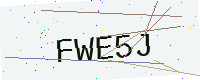
Text: FWE5J